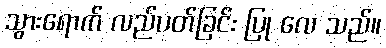
သွားရောက် လည်ပတ်ခြင်း ပြု လေ သည်။